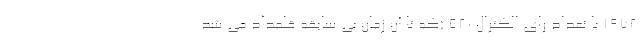
1972 با تعداد رای الکترال 520 (که تا آن زمان بی سابقه قلمداد می شد